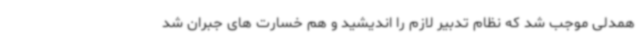
همدلی موجب شد که نظام تدبیر لازم را اندیشید و هم خسارت های جبران شد